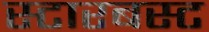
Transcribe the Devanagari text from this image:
स्टारबस्ट